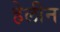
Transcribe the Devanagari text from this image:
हेलीन